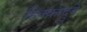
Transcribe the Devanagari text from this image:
हिक्कादुवे